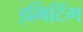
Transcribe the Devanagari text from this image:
इमिटिंग